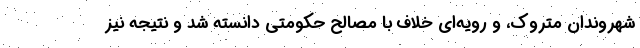
شهروندان متروک، و رویه‌ای خلاف با مصالح حکومتی دانسته شد و نتیجه نیز